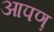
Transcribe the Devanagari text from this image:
आपण़